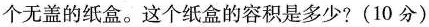
个无盖的纸盒。这个纸盒的容积是多少?(10分)